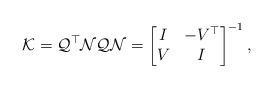
LaTeX: \begin{align*} \mathcal{K} = \mathcal{Q}^\top \mathcal{N} \mathcal{Q} \mathcal{N} = \begin{bmatrix} I & - V^\top \\ V & I \end{bmatrix}^{-1},\end{align*}